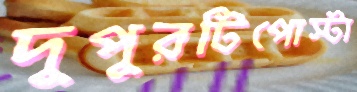
দুপুরটিপোস্টা